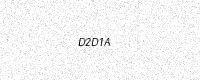
Text: D2D1A